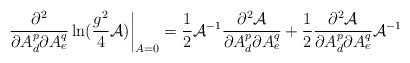
LaTeX: \begin{align*}\left.\frac{\partial^2}{\partial A^p_d\partial A^q_e}\ln(\frac{g^2}{4}{\cal A})\right|_{A=0} =\frac{1}{2}{\cal A}^{-1}\frac{\partial^2{\cal A}}{\partial A^p_d \partial A^q_e}+\frac{1}{2} \frac{\partial^2{\cal A}}{\partial A^p_d \partial A^q_e}{\cal A}^{-1}\end{align*}